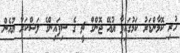
ހުރި ކޮމާންޑަރު ކަމުގައިވާ ޔުއޭ ޖޮންގް ޗީ ގެ ސިފައިންގެ ލަޝްކަރާ ޔުއެން